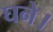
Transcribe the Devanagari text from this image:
घने।